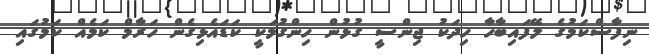
ނިފާސްކަމުގެ ލޭފައިބާހާ ހިދަކު ޖިންސީ ގުޅުން ހިންގުމަކީ ކަޑައެޅިގެން ހަރާމް ކަމެއް ކަމުގައި